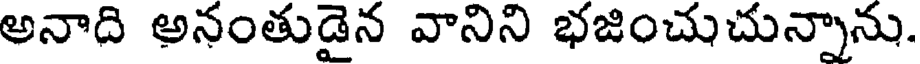
అనాది అనంతుడైన వానిని భజించుచున్నాను.